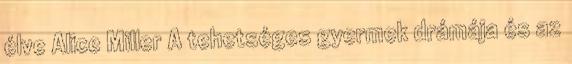
élve Alice Miller A tehetséges gyermek drámája és az